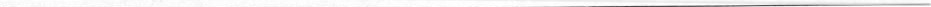
___